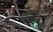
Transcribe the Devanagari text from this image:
तेवीच